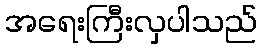
အရေးကြီးလှပါသည်